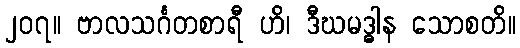
၂၀၇။ ဗာလသင်္ဂတစာရီ ဟိ၊ ဒီဃမဒ္ဓါန သောစတိ။